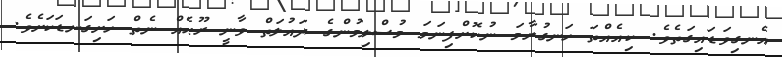
އެނގިވަޑައިގަތެވެ. ކިއެއްތަ ހަނގުރާމަ ނުކޮށްފިނަމަ މުސްލިމުންގެ ދައުލަތް ވާނީ ރޫޙެއް ނެތް ހަށިގަނޑަކަށެވެ.